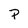
Character: P